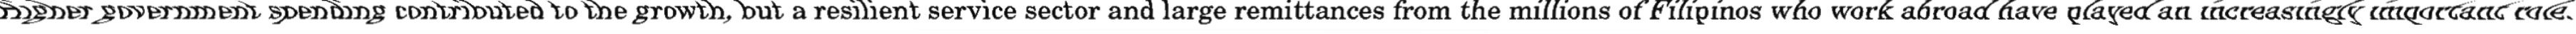
"Higher government spending contributed to the growth, but a resilient service sector and large remittances from the millions of Filipinos who work abroad have played an increasingly important role."